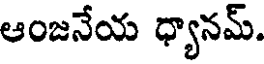
ఆంజనేయ ధ్యానమ్.